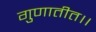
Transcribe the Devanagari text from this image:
गुणातीत।।